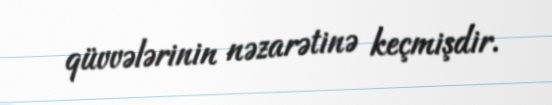
qüvvələrinin nəzarətinə keçmişdir.